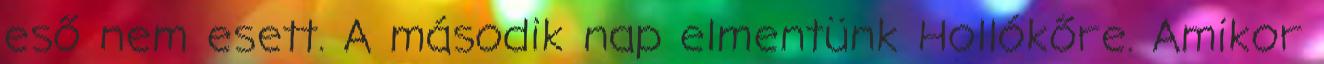
eső nem esett. A második nap elmentünk Hollókőre. Amikor